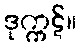
ဒုက္ကဋ်။